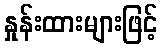
နှုန်းထားများဖြင့်